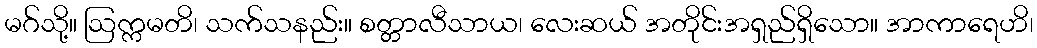
မဂ်သို့။ ဩက္ကမတိ၊ သက်သနည်း။ စတ္တာလီသာယ၊ လေးဆယ် အတိုင်းအရှည်ရှိသော။ အာကာရေဟိ၊